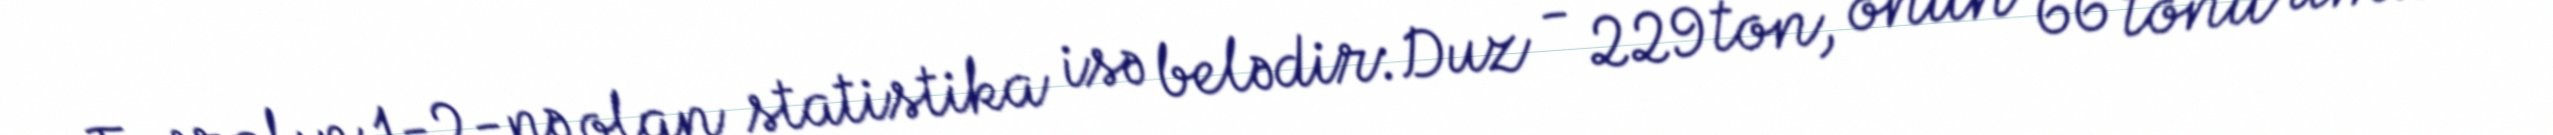
Fevralın 1-2-nə olan statistika isə belədir:Duz - 229 ton, onun 66 tonu ümumi